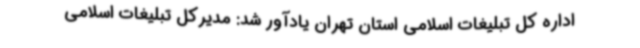
اداره کل تبلیغات اسلامی استان تهران یادآور شد: مدیرکل تبلیغات اسلامی